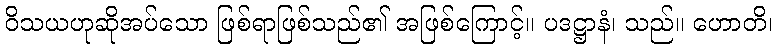
ဝိသယဟုဆိုအပ်သော ဖြစ်ရာဖြစ်သည်၏ အဖြစ်ကြောင့်။ ပဒဋ္ဌာနံ၊ သည်။ ဟောတိ၊